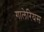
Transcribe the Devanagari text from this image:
गालेरियस